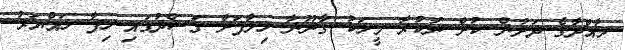
މާއްދާގެ ދަށުން ކުށް ނުކުރާ މީހަކު ގާނޫނާ ހިލާފަށް ގަސްދުގައި ހިފާ ހައްޔަރު